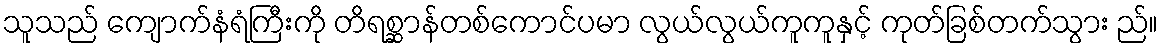
သူသည် ကျောက်နံရံကြီးကို တိရစ္ဆာန်တစ်ကောင်ပမာ လွယ်လွယ်ကူကူနှင့် ကုတ်ခြစ်တက်သွား ည်။